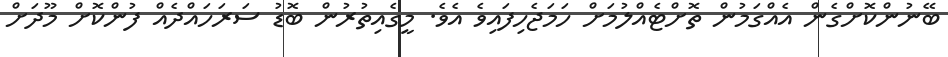
ބޭނުންކޮށްގެން އެއްގަމުން ތޮށްޓެއްލުމަށް ހަމަޖެހިފައިވެ އެވެ. މީގެއިތުރުން ބޮޑު ސަރަހައްދެއް ފުންކޮށް މޫދަށް